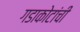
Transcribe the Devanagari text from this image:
गडाकोटांची